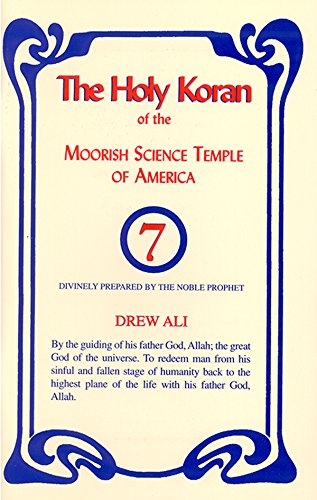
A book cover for The Holy Koran of the Moorish Science Temple of America; Drew Ali; Religion & Spirituality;